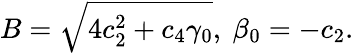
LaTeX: B=\sqrt{4c_{2}^{2}+c_{4}\gamma_{0}},\ \beta_{0}=-c_{2}.